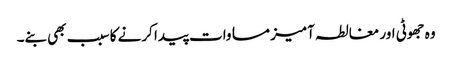
وہ جھوٹی اور مغالطہ آمیز مساوات پیدا کرنے کا سبب بھی بنے۔